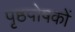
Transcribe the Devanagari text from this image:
पृष्ठपोषकों